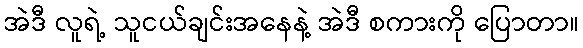
အဲဒီ လူရဲ့ သူငယ်ချင်းအနေနဲ့ အဲဒီ စကားကို ပြောတာ။